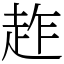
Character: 䞢